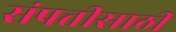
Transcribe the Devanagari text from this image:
संपत्तीसाठी